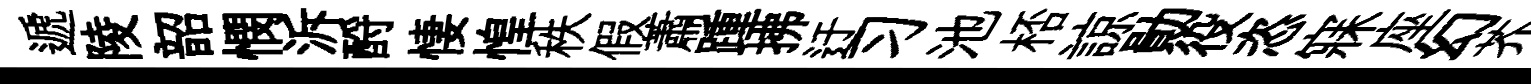
遞陵韶憫泝酹悽惶秩假蕭踵拂迂习池桮諒勛役恣寐座幻芥